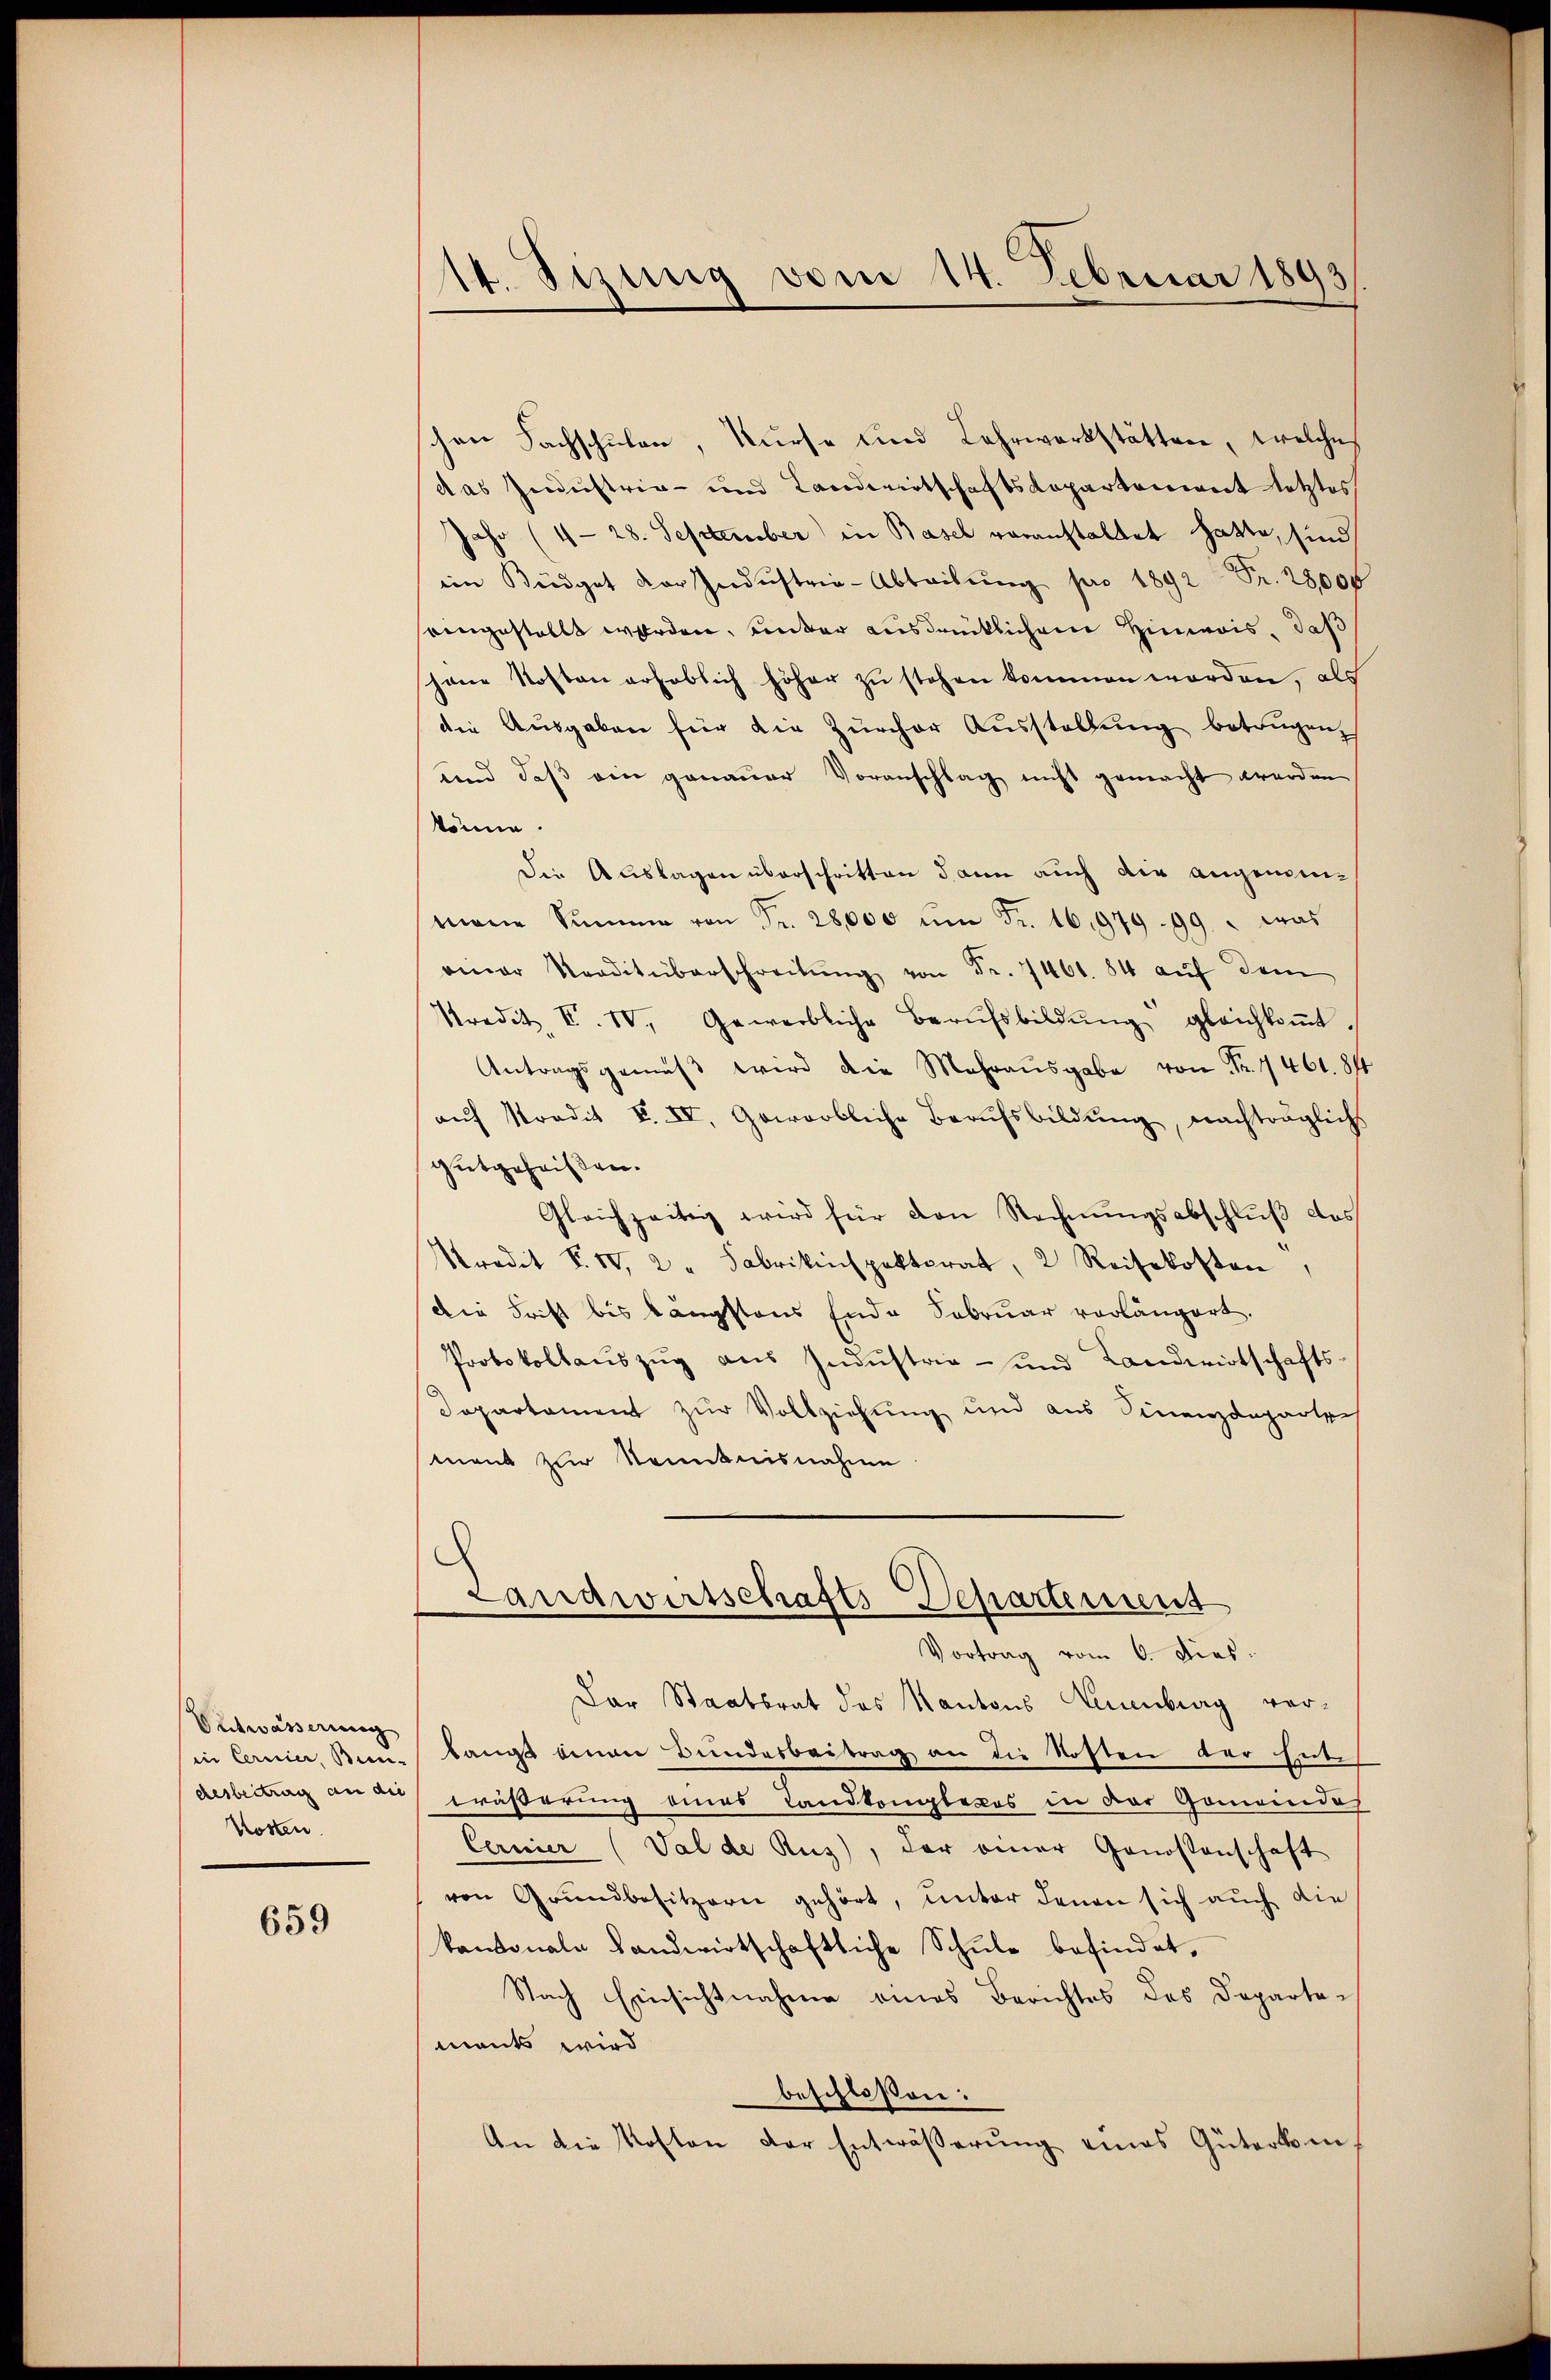
Entwässerung
in Cernier, Bun-
desbeitrag an die
Kosten

659

14. Sizung vom 14. Februar 1893

schon Sachschulen, kurse und Lahrwerkstätten, welches
das Gedustria- und Landwirtschaftsdepartement letztes
Jahr (4- 28. September in Basel voranstaltet hatte, sind
ein Büdget der Indŭstrie-Abteilŭng pro 1892 Fr. 28,000
eingestellt worden, unter ausdrücklichem Himois, daß
jene Kosten erheblich höher zu stehen kommen worden, als
die Ausgaben für die Zürcher Ausstellung betrügen,
und daß ein genauer Voranschlag nicht gemacht werden
könne.
Die Auslagen überschritten dann auch die angemeinmane Summe von Fr. 28,000 ŭm Fr. 16,97999.  was
einer Traditüberschreitŭng von Fr. 7461. 84 aŭf dem
Predit. F. IV. Gewerbliche Berufsbildŭng gleichkoṁt.
Antragsgemäβ wird die Mehraŭsgabe von Fr. 1461. 81
aŭf Stradit F. IV. Geworbliche Berufsbildŭng, nachträglich
gutgeheißen.
Gleichzeitig wird für den Rechnŭngsabschluß das
redit F. IV 2 " Fabrikinspektorat, 2 Reisekosten,
Die Frist bis längstens Ende Februar vorlängert.
Protokollaŭszŭg aŭs Indŭstria- und Landwirtschafts-
Dapartament zur Vollziehung und aus Finanzdeparten
ment zur Kenntnisnahme
Landwirtschafts-Departement
Vortrag vom 6. Dies
Der Staatsrat des Kantons Neuenburg vorlangt einen Bundesbeitrag an die Kosten der Ende
räßerung eines Landtenglecos in der Gemeindes
Cernier (Val de Rus), der einer Genossenschaft
ven Grundbesitzern gehört, unter denen sich auch die
kantonale Landwirtschaftliche Schŭle befindet,
Nach Einsichtnahme eines Berichtes des Dopartemants wird
beschlossen:
An die Kosten der Entwässerung eines Güterkin¬